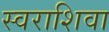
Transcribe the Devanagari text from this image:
स्वराशिवा